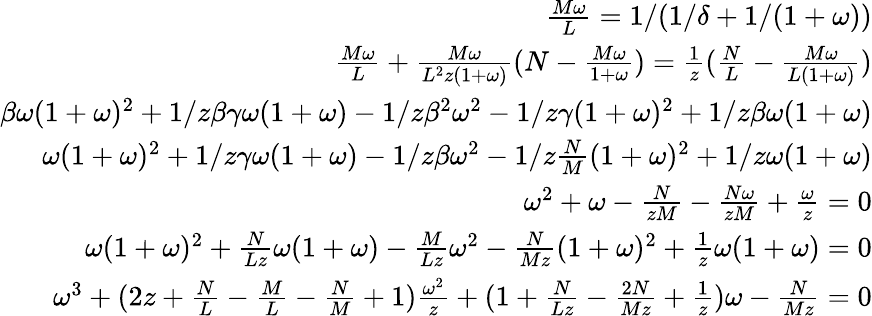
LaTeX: \begin{array}{r}{\frac{M\omega}{L}=1/(1/\delta+1/(1+\omega))}\\ {\frac{M\omega}{L}+\frac{M\omega}{L^{2}z(1+\omega)}(N-\frac{M\omega}{1+\omega})=\frac{1}{z}(\frac{N}{L}-\frac{M\omega}{L(1+\omega)})}\\ {\beta\omega(1+\omega)^{2}+1/z\beta\gamma\omega(1+\omega)-1/z\beta^{2}\omega^{2}-1/z\gamma(1+\omega)^{2}+1/z\beta\omega(1+\omega)}\\ {\omega(1+\omega)^{2}+1/z\gamma\omega(1+\omega)-1/z\beta\omega^{2}-1/z\frac{N}{M}(1+\omega)^{2}+1/z\omega(1+\omega)}\\ {\omega^{2}+\omega-\frac{N}{zM}-\frac{N\omega}{zM}+\frac{\omega}{z}=0}\\ {\omega(1+\omega)^{2}+\frac{N}{Lz}\omega(1+\omega)-\frac{M}{Lz}\omega^{2}-\frac{N}{Mz}(1+\omega)^{2}+\frac{1}{z}\omega(1+\omega)=0}\\ {\omega^{3}+(2z+\frac{N}{L}-\frac{M}{L}-\frac{N}{M}+1)\frac{\omega^{2}}{z}+(1+\frac{N}{Lz}-\frac{2N}{Mz}+\frac{1}{z})\omega-\frac{N}{Mz}=0}\end{array}